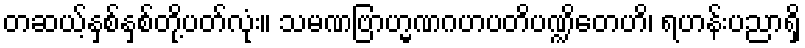
တဆယ့်နှစ်နှစ်တို့ပတ်လုံး။ သမဏဗြာဟ္မဏဂဟပတိပဏ္ဍိတေဟိ၊ ရဟန်းပညာရှိ